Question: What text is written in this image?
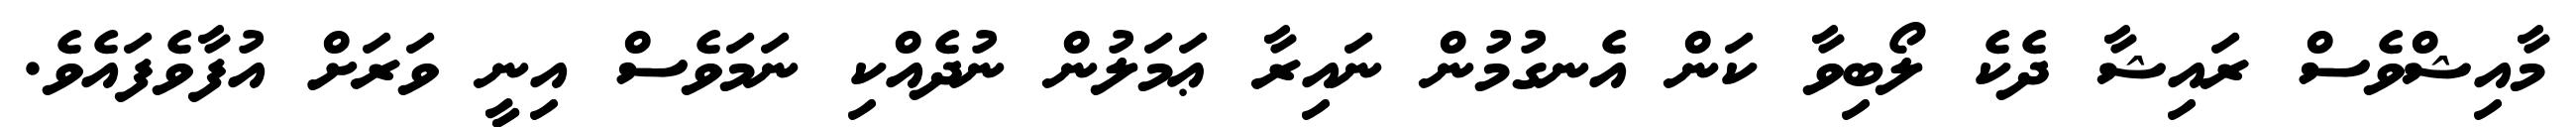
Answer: މާއިޝްވެސް ރައިޝާ ދެކެ ލޯބިވާ ކަން އެނގުމުން ނައިރާ ޢަމަލުން ނުދެއްކި ނަމަވެސް އިނީ ވަރަށް އުފާވެފައެވެ.